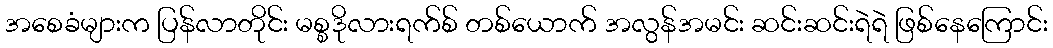
အစေခံများက ပြန်လာတိုင်း မစ္စဒိုလားရက်စ် တစ်ယောက် အလွန်အမင်း ဆင်းဆင်းရဲရဲ ဖြစ်နေကြောင်း